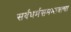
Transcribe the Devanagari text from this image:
सर्वधर्मसमभावाचा